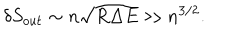
LaTeX: \delta S _ { o u t } \sim n \sqrt { R \Delta E } \gg n ^ { 3 / 2 } .